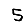
Digit: 5